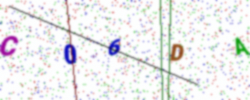
Text: C06DA